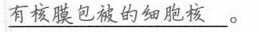
\underline{##有核膜包被的细胞核##}。